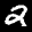
Label: 2